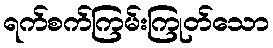
ရက်စက်ကြမ်းကြုတ်သော